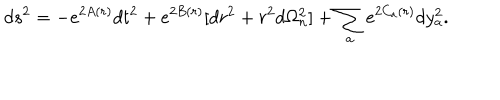
d s ^ { 2 } = - e ^ { 2 A ( r ) } d t ^ { 2 } + e ^ { 2 B ( r ) } [ d r ^ { 2 } + r ^ { 2 } d \Omega _ { n } ^ { 2 } ] + \sum _ { a } e ^ { 2 C _ { a } ( r ) } d y _ { a } ^ { 2 } .